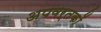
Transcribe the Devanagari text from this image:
अपवर्तकों